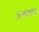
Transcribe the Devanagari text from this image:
अग्याघास